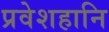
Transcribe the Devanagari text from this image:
प्रवेशहानि